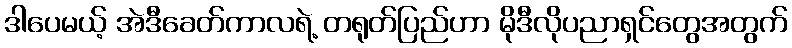
ဒါပေမယ့် အဲဒီခေတ်ကာလရဲ့ တရုတ်ပြည်ဟာ မိုဒီလိုပညာရှင်တွေအတွက်